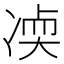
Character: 𫥒